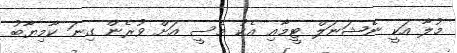
މުލާ އަކީ ނެޝަނަލް ޓީމާއި އެކު މެސީ އަށް ވުރެން ގިނަ ކާމިޔާބު